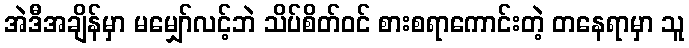
အဲဒီအချိန်မှာ မမျှော်လင့်ဘဲ သိပ်စိတ်ဝင် စားစရာကောင်းတဲ့ တနေရာမှာ သူ